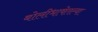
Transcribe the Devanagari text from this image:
बोलीभाषेतल्या